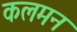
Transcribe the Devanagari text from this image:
कलमन